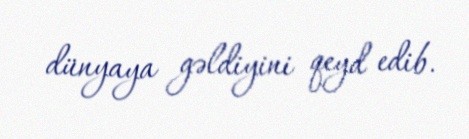
dünyaya gəldiyini qeyd edib.